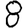
Digit: 8